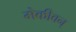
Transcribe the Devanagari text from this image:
मेकीवन्